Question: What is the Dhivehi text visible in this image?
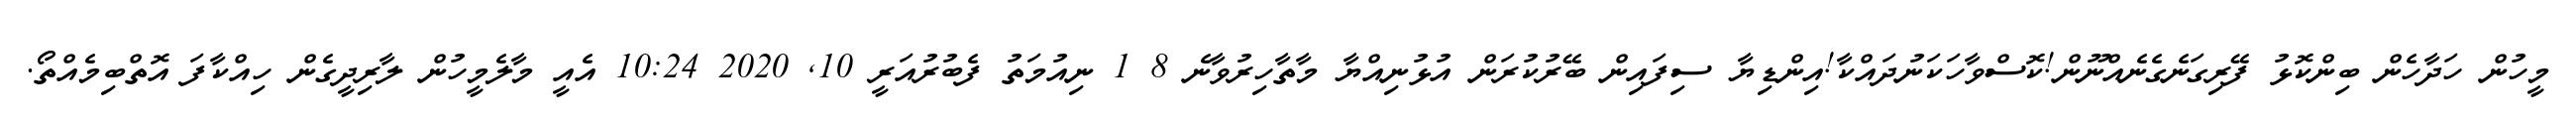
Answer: މީހުން ހަދާހެން ބިންކޮޅު ފޭރިގަނެގެނެއްނޫން!ކޮސްވާހަކަނުދައްކާ!އިންޑިޔާ ސިފައިން ބޭރުކުރަން އުޅުނިއްޔާ މާތާހިރުވާނެ 8 1 ނިއުމަތު ފެބުރުއަރީ 10, 2020 10:24 އެއީ މާލެމީހުން ލާރިދީގެން ހިއްކާފަ އޮތްބިމެއްތޯ.